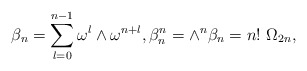
\begin{align*} \beta_n=\sum\limits_{l=0}^{n-1}\omega^l\wedge\omega^{n+l},\beta_n^n=\wedge^n\beta_n=n!~\Omega_{2n},\end{align*}